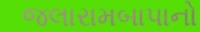
જલારામબાપાનો